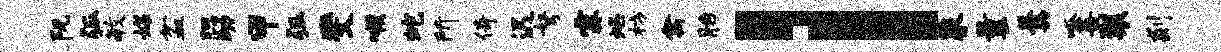
阮弧毓媒盆腮幼甲弧斐喉蛇所倚迟弩霖焰枋禽胎l象曩羹呱菩裂剡